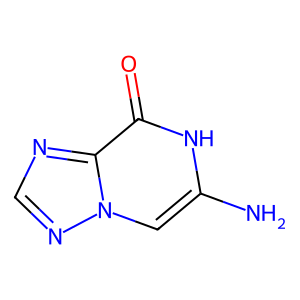
SMILES: Nc1cn2ncnc2c(=O)[nH]1
Inhibits HIV replication: No